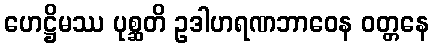
ဟေဋ္ဌိမဿ ပုစ္ဆတိ ဥဒါဟရဏဘာဝေန ဝတ္တနေ